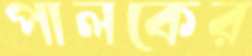
পালকের